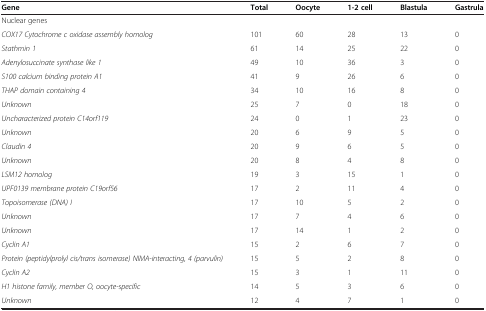
| Gene | Total | Oocyte | 1-2 cell | Blastula | Gastrula |
 | --- | --- | --- | --- | --- | --- |
 | Nuclear genes |  |  |  |  |  |
 | COX17 Cytochrome c oxidase assembly homolog | 101 | 60 | 28 | 13 | 0 |
 | Stathmin 1 | 61 | 14 | 25 | 22 | 0 |
 | Adenylosuccinate synthase like 1 | 49 | 10 | 36 | 3 | 0 |
 | S100 calcium binding protein A1 | 41 | 9 | 26 | 6 | 0 |
 | THAP domain containing 4 | 34 | 10 | 16 | 8 | 0 |
 | Unknown | 25 | 7 | 0 | 18 | 0 |
 | Uncharacterized protein C14orf119 | 24 | 0 | 1 | 23 | 0 |
 | Unknown | 20 | 6 | 9 | 5 | 0 |
 | Claudin 4 | 20 | 9 | 6 | 5 | 0 |
 | Unknown | 20 | 8 | 4 | 8 | 0 |
 | LSM12 homolog | 19 | 3 | 15 | 1 | 0 |
 | UPF0139 membrane protein C19orf56 | 17 | 2 | 11 | 4 | 0 |
 | Topoisomerase (DNA) I | 17 | 10 | 5 | 2 | 0 |
 | Unknown | 17 | 7 | 4 | 6 | 0 |
 | Unknown | 17 | 14 | 1 | 2 | 0 |
 | Cyclin A1 | 15 | 2 | 6 | 7 | 0 |
 | Protein (peptidylprolyl cis/trans isomerase) NIMA-interacting, 4 (parvulin) | 15 | 5 | 2 | 8 | 0 |
 | Cyclin A2 | 15 | 3 | 1 | 11 | 0 |
 | H1 histone family, member O, oocyte-specific | 14 | 5 | 3 | 6 | 0 |
 | Unknown | 12 | 4 | 7 | 1 | 0 |